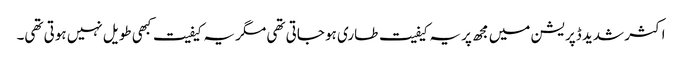
اکثر شدید ڈپریشن میں مجھ پر یہ کیفیت طاری ہو جاتی تھی مگر یہ کیفیت کبھی طویل نہیں ہوتی تھی۔